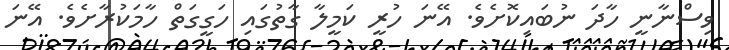
ވިސްނާނީ ހާދަ ނުބައިކޮށެވެ. އޭނަ ހުރީ ކަމީލާ ގާތުގައި ހަގީގަތް ހާމަކުރާށެވެ. އޭނަ